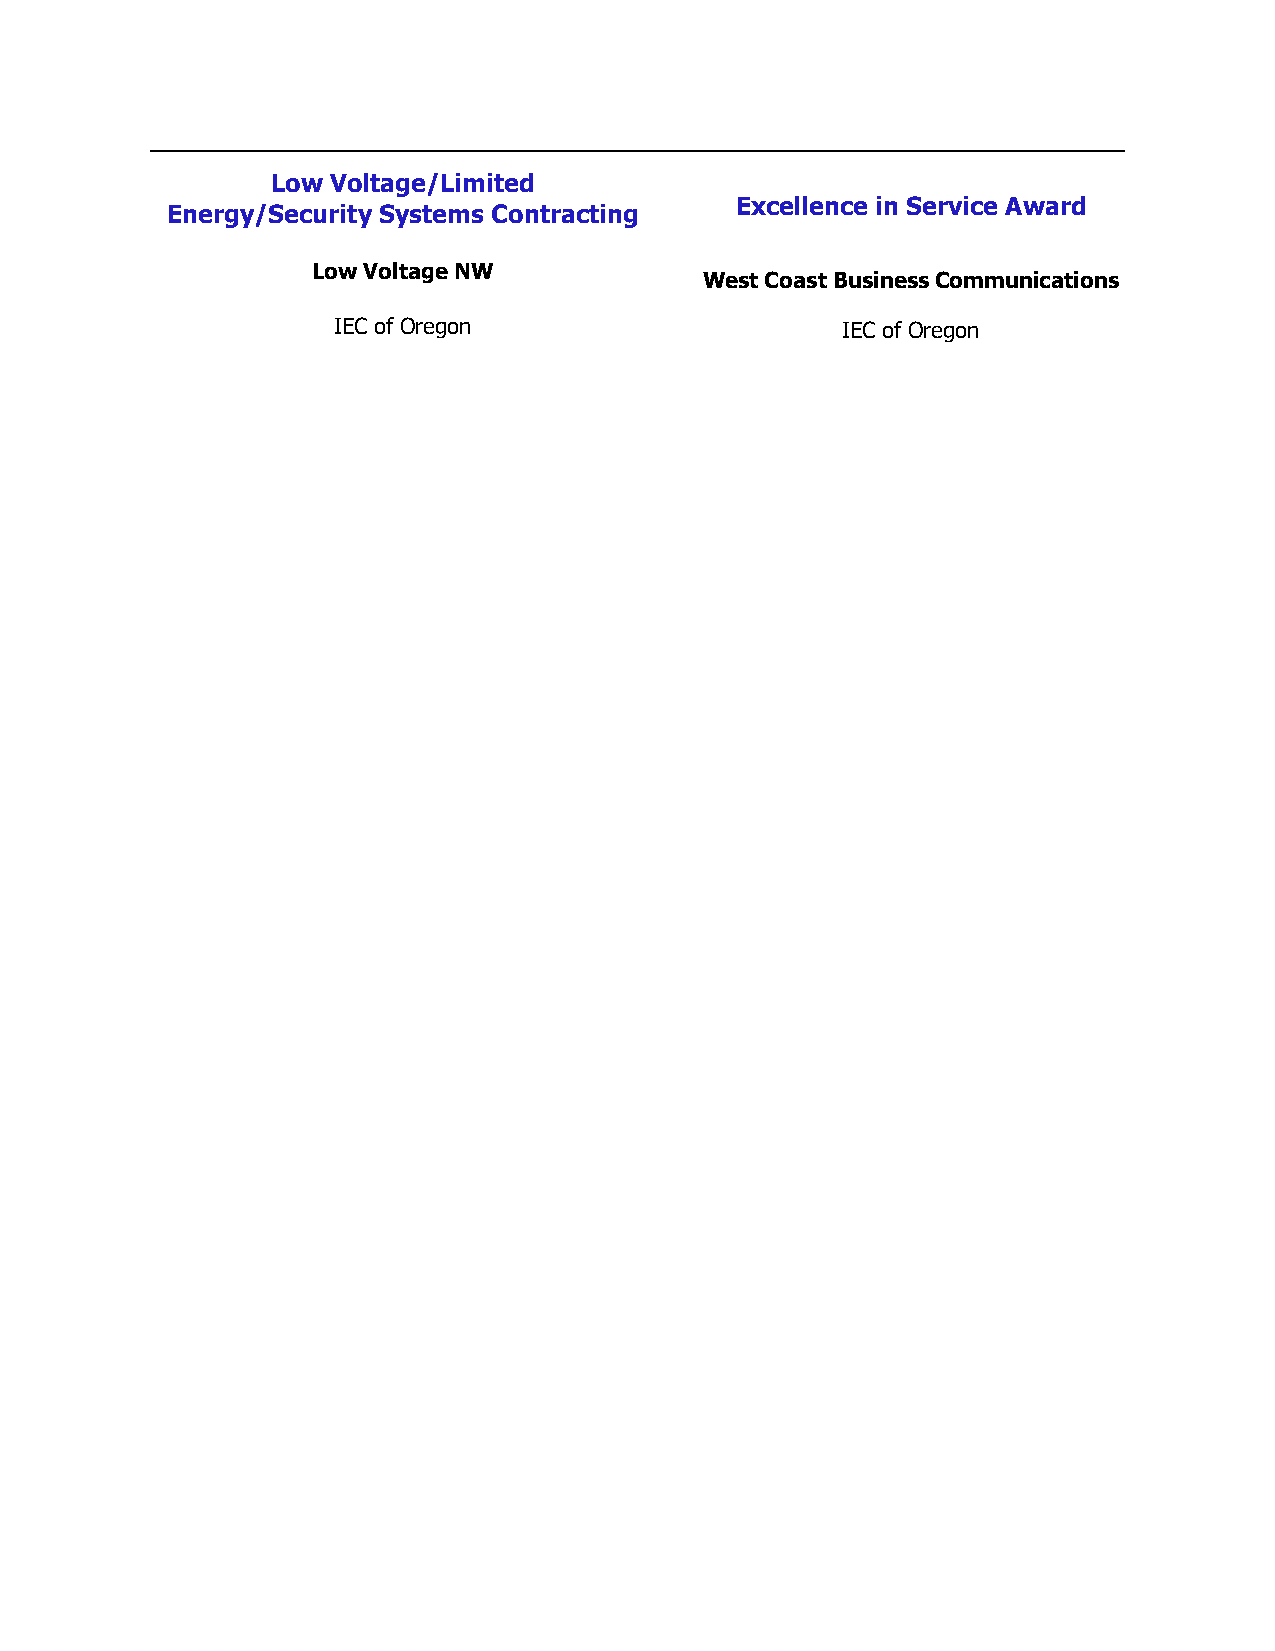
Low Voltage/Limited
 Energy/Security Systems Contracting
 Excellence in Service Award
 Low Voltage NW
 West Coast Business Communications
 IEC of Oregon                     IEC of Oregon